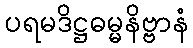
ပရမဒိဋ္ဌဓမ္မနိဗ္ဗာနံ